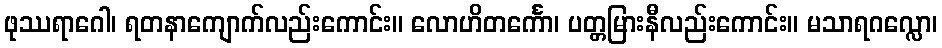
ဖုဿရာဂေါ၊ ရတနာကျောက်လည်းကောင်း။ လောဟိတင်္ကော၊ ပတ္တမြားနီလည်းကောင်း။ မသာရဂလ္လော၊